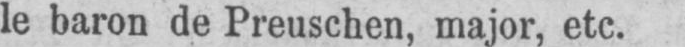
le baron de Preuschen, major, etc.